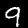
Digit: 9